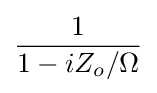
{\frac {1}{1-iZ_{o}/\Omega }}